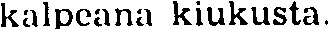
kalpeana kiukusta.